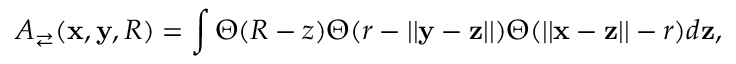
A _ { \rightleftarrows } ( \mathbf x , \mathbf y , R ) = \int \Theta ( R - z ) \Theta ( r - | | \mathbf y - \mathbf z | | ) \Theta ( | | \mathbf x - \mathbf z | | - r ) d \mathbf z ,